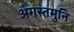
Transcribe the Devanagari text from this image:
अगस्तमुनि